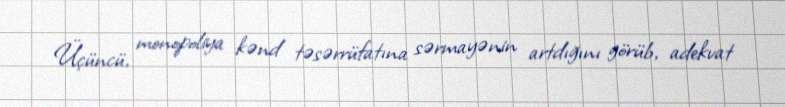
Üçüncü, monopoliya kənd təsərrüfatına sərmayənin artdığını görüb, adekvat